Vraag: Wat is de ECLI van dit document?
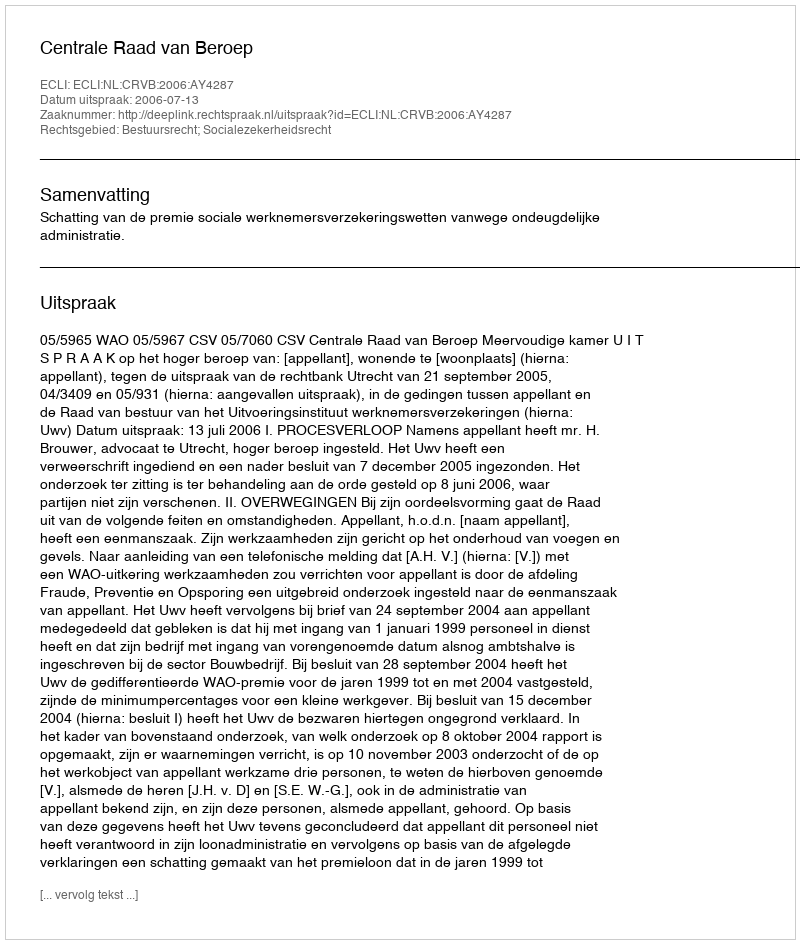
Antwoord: ECLI:NL:CRVB:2006:AY4287